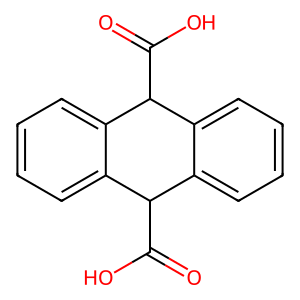
SMILES: O=C(O)C1c2ccccc2C(C(=O)O)c2ccccc21
Inhibits HIV replication: No